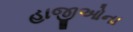
હાજીઓના